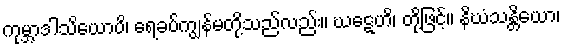
ကုမ္ဘာဒါသိယောပိ၊ ရေခပ်ကျွန်မတို့သည်လည်း။ ဃဋေဟိ၊ တို့ဖြင့်။ နိဃံသန္တိယော၊